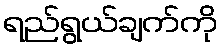
ရည်ရွယ်ချက်ကို